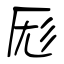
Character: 厖